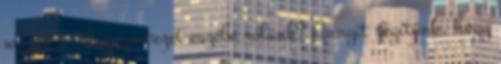
mi jut a világszervezet eszébe rólunk? Annyit segítünk, hogy